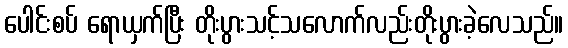
ပေါင်းစပ် ရောယှက်ပြီး တိုးပွားသင့်သလောက်လည်းတိုးပွားခဲ့လေသည်။